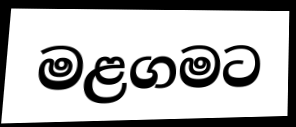
මළගමට